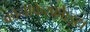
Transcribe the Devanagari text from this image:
कोनीफेरफ्रोाइटा